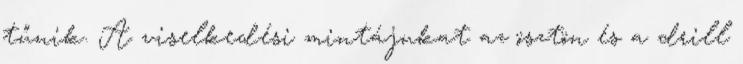
tűnik. A viselkedési mintájukat az ösztön és a drill